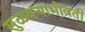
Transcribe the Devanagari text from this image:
सुळक्याभोवती